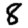
Digit: 8